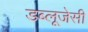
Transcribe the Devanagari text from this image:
डब्लूजेसी